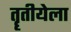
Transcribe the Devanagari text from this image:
तॄतीयेला